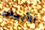
الأبيض